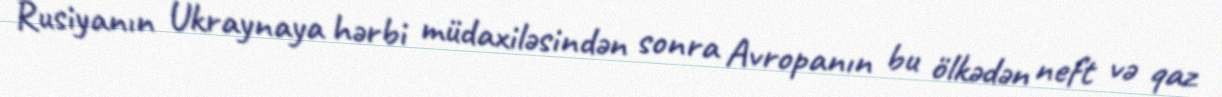
Rusiyanın Ukraynaya hərbi müdaxiləsindən sonra Avropanın bu ölkədən neft və qaz